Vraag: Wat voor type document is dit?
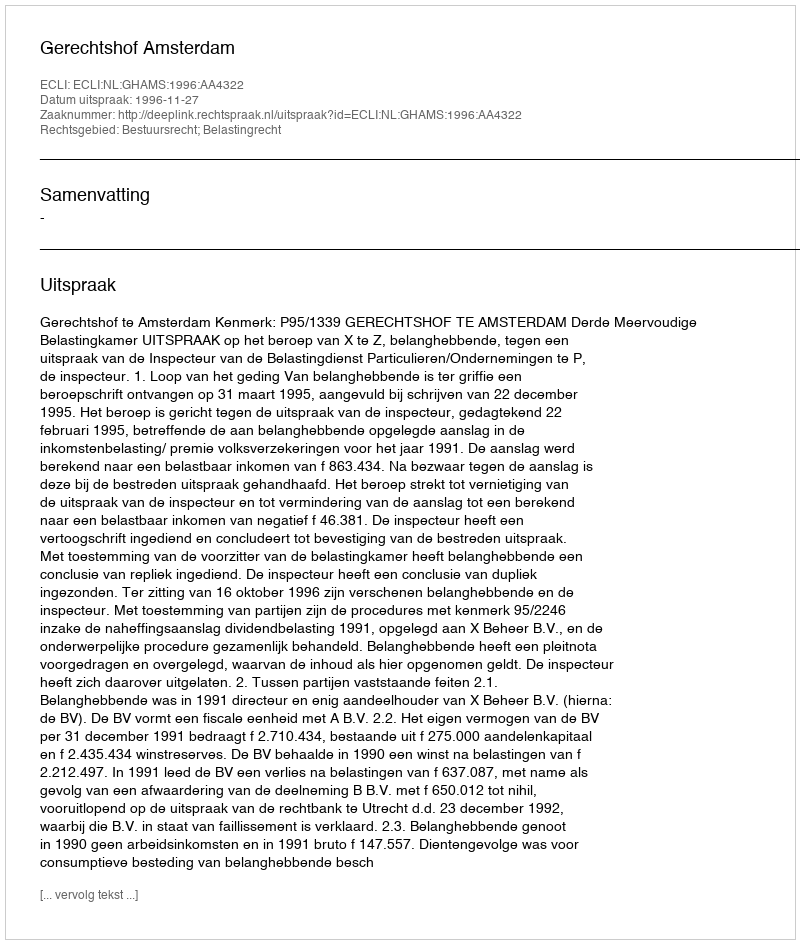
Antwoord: Uitspraak